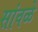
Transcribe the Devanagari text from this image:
सांवळे